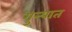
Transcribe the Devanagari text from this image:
गुत्त्यात